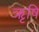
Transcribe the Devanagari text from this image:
ऋृषि